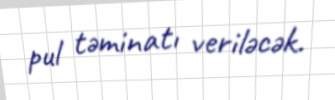
pul təminatı veriləcək.